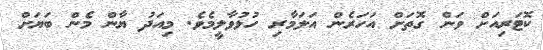
ކޮޓަރިއަށް ވަން ގޮތަށް އަހަރެން އަލަމާރި ހުޅުވާލީމެވެ. މިއަދު ޔާން މެން ބަޔަށް